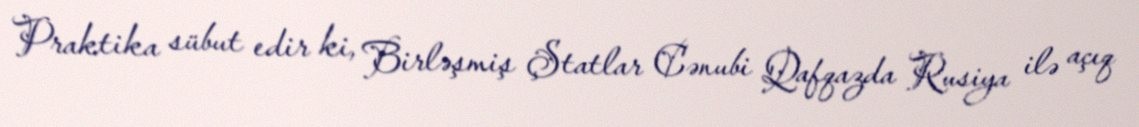
Praktika sübut edir ki, Birləşmiş Ştatlar Cənubi Qafqazda Rusiya ilə açıq